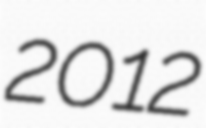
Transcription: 2012